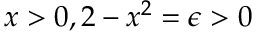
x > 0 , 2 - x ^ { 2 } = \epsilon > 0